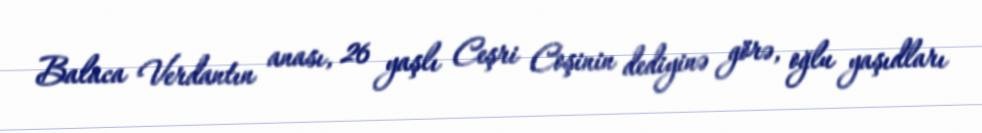
Balaca Verdantın anası, 26 yaşlı Ceşri Coşinin dediyinə görə, oğlu yaşıdları